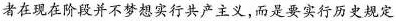
者在现在阶段并不梦想实行共产主义，而是要实行历史规定